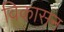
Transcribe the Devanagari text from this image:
विकासन